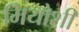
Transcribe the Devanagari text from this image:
मियोशी